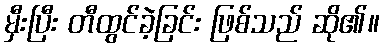
မှီးပြီး တီထွင်ခဲ့ခြင်း ဖြစ်သည် ဆို၏။